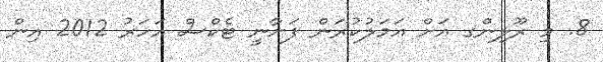
8. މި ރޫލިންގ އަށް ޢަމަލުކުރަން ފަށާނީ ޓެކްސް އަހަރު 2012 އިން